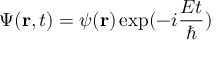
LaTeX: \Psi ( \mathbf { r } , t ) = \psi ( \mathbf { r } ) \exp ( - i \frac { E t } { \hbar } )